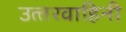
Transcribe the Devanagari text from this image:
उत्‍तरवाहिनी